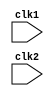
module pipe_MIPS32 (clk1, clk2);

input clk1,clk2;             //two phase clock

reg [31:0] PC, IF_ID_IR, IF_ID_NPC;
reg [31:0] ID_EX_IR, ID_EX_NPC, ID_EX_A, ID_EX_B, ID_EX_Imm;
reg [2:0] ID_EX_type, EX_MEM_type, MEM_WB_type;
reg [31:0] EX_MEM_IR, EX_MEM_ALUOut, EX_MEM_B;
reg EX_MEM_cond;
reg [31:0] MEM_WB_IR, MEM_WB_ALUOut, MEM_WB_LMD;

reg [31:0] Reg[0:31];        //register bank of 32 x 32
reg [31:0] Mem[0:1023];     // 1024 x 32 memory

parameter ADD=6'b000000, SUB=6'b000001, AND=6'b000010, OR=6'b000011,
          SLT=6'b000100, MUL=6'b000101, HLT=6'b111111, LW=6'b001000,
          SW=6'b001001, ADDI=6'b001010, SUBI=6'b001011, SLTI=6'b001100,
          BNEQZ=6'b001101, BEQZ=6'b001110;

parameter RR_ALU=3'b000, RM_ALU=3'b001, LOAD=3'b010, STORE=3'b011,
          BRANCH=3'b100, HALT=3'b101;

reg HALTED;            // set after HLT instruction is completed in WB stage
reg TAKEN_BRANCH;     //required to disable instruction after branch

always @(posedge clk1)   //IF stage
 if (HALTED == 0)
   begin
     if( ((EX_MEM_IR[31:26] == BEQZ) && (EX_MEM_cond == 1)) || ((EX_MEM_IR[31:26] == BNEQZ) && (EX_MEM_cond == 0)))
        begin
           IF_ID_IR     <= #2 Mem[EX_MEM_ALUOut];
           TAKEN_BRANCH <= #2 1'b1;
           IF_ID_NPC    <= #2 EX_MEM_ALUOut + 1;
           PC           <= #2 EX_MEM_ALUOut + 1;
        end
     else
        begin 
           IF_ID_IR    <= #2 Mem[PC];
           IF_ID_NPC   <= #2 PC + 1;
           PC          <= #2 PC + 1;
        end
   end

always @(posedge clk2)   // ID Stage
 if (HALTED == 0)
   begin
      if (IF_ID_IR[25:21] == 5'b00000)
       ID_EX_A <= 0;
      else
       ID_EX_A <= #2 Reg[IF_ID_IR[25:21]];   //rs
      
      if (IF_ID_IR[20:16] == 5'b00000)
       ID_EX_B <= 0;
      else
       ID_EX_B <= #2 Reg[IF_ID_IR[20:16]];   //rt

       ID_EX_NPC  <= #2 IF_ID_NPC;
       ID_EX_IR   <= #2 IF_ID_IR;
       ID_EX_Imm  <= #2 {{16{IF_ID_IR[15]}}, {IF_ID_IR[15:0]}};
   
  case (IF_ID_IR[31:26])
    ADD, SUB, AND, OR, SLT, MUL :ID_EX_type <= #2 RR_ALU;
    ADDI, SUBI, SLTI :           ID_EX_type <= #2 RM_ALU;
    LW :                         ID_EX_type <= #2 LOAD;
    SW :                         ID_EX_type <= #2 STORE;
    BNEQZ, BEQZ :                ID_EX_type <= #2 BRANCH;
    HLT :                        ID_EX_type <= #2 HALT;
    default :                    ID_EX_type <= #2 HALT;
   endcase
 end

always @(posedge clk1)     //EX Stage
 if (HALTED == 0)
   begin
     EX_MEM_type  <= #2 ID_EX_type;
     EX_MEM_IR    <= #2 ID_EX_IR;
     TAKEN_BRANCH <= #2 0;
 
     case(ID_EX_type)
       RR_ALU : begin
                  case (ID_EX_IR[31:26])    //opcode
                    ADD : EX_MEM_ALUOut <= #2 ID_EX_A + ID_EX_B;
                    SUB : EX_MEM_ALUOut <= #2 ID_EX_A - ID_EX_B;
                    AND : EX_MEM_ALUOut <= #2 ID_EX_A & ID_EX_B;
                    OR :  EX_MEM_ALUOut <= #2 ID_EX_A | ID_EX_B;
                    SLT : EX_MEM_ALUOut <= #2 ID_EX_A < ID_EX_B;
                    MUL : EX_MEM_ALUOut <= #2 ID_EX_A * ID_EX_B;
                    default : EX_MEM_ALUOut <= #2 32'HXXXXXXXX;
                  endcase
                 end
       RM_ALU : begin
                  case (ID_EX_IR[31:26])  //opcode
                    ADDI : EX_MEM_ALUOut <= #2 ID_EX_A + ID_EX_Imm;
                    SUBI : EX_MEM_ALUOut <= #2 ID_EX_A - ID_EX_Imm;
                    SLTI : EX_MEM_ALUOut <= #2 ID_EX_A < ID_EX_Imm;
                   default : EX_MEM_ALUOut <= #2 32'HXXXXXXXX;
                  endcase
                 end
       LOAD, STORE : begin
                      EX_MEM_ALUOut <= #2 ID_EX_A + ID_EX_Imm;
                      EX_MEM_B      <= #2 ID_EX_B;
                     end
       BRANCH : begin
                  EX_MEM_ALUOut <= #2 ID_EX_NPC + ID_EX_Imm;
                  EX_MEM_cond   <= #2 (ID_EX_A == 0);
                end
      endcase
 end

always @ (posedge clk2)     //MEM Stage
 if (HALTED == 0)
   begin 
     MEM_WB_type <= EX_MEM_type;
     MEM_WB_IR   <= #2 EX_MEM_IR;

       case (EX_MEM_type)
         RR_ALU, RM_ALU : MEM_WB_ALUOut <= #2 EX_MEM_ALUOut;
         LOAD :           MEM_WB_LMD <= #2 Mem[EX_MEM_ALUOut];
         STORE :          if(TAKEN_BRANCH == 0)
                             Mem[EX_MEM_ALUOut] <= #2 EX_MEM_B;
       endcase
 end

always @ (posedge clk1)     //WB Stage
 if (TAKEN_BRANCH == 0)
   begin
     case (MEM_WB_type)
      RR_ALU : Reg[MEM_WB_IR[15:11]] <= #2 MEM_WB_ALUOut;   //rd
 
      RM_ALU : Reg[MEM_WB_IR[20:16]] <= #2 MEM_WB_ALUOut;  //rt

      LOAD   : Reg[MEM_WB_IR[20:16]] <= #2 MEM_WB_LMD;   //rt
      
      HALT   : HALTED <= #2 1'b1;
     endcase
   end

endmodule    


module MIPS32_tb();

reg clk1,clk2;
integer k;

pipe_MIPS32 mips (clk1,clk2);

initial begin
clk1=0 ; clk2=0;
repeat(20)
begin 
 #5 clk1 = 1; #5 clk1 = 0;
 #5 clk2 = 1; #5 clk2 = 0;
end
end

/*initial begin
 for (k=0;k<32;k=k+1)
    mips.Reg[k] = k;

mips.Mem[0] = 32'h2801000a;  //ADDI R1,R0,10
mips.Mem[1] = 32'h28020014;  //ADDI R2,R0,20
mips.Mem[2] = 32'h2803001e;  //ADDI R3,R0,30
mips.Mem[3] = 32'h0ce77800;  //OR R7,R7,R7   -- dummy instr
mips.Mem[4] = 32'h0ce77800;  //OR R7,R7,R7   -- dummy instr
mips.Mem[5] = 32'h00222000;  //ADD R4,R1,R2
mips.Mem[6] = 32'h0ce77800;  //OR R7,R7,R7   -- dummy instr
mips.Mem[7] = 32'h00832800; //ADD R5,R4,R3
mips.Mem[8] = 32'hfc000000;  //HALT
*/

initial begin
 for (k=0;k<32;k=k+1)
    mips.Reg[k] = k;

mips.Mem[0] = 32'h28010078;  //ADDI R1,R0,120
mips.Mem[1] = 32'h0ce77800;  //OR R7,R7,R7   -- dummy instr
mips.Mem[2] = 32'h20220000;  //LW R2,0(R1)
mips.Mem[3] = 32'h0ce77800;  //OR R7,R7,R7   -- dummy instr
mips.Mem[4] = 32'h2842002d;  //ADDI R2,R2,45
mips.Mem[5] = 32'h0ce77800;  //OR R7,R7,R7   -- dummy instr
mips.Mem[6] = 32'h24220001; //SW R2,1(R1)
mips.Mem[7] = 32'hfc000000;  //HALT

mips.Mem[120] = 85;
mips.HALTED = 0;

mips.PC = 0;
mips.TAKEN_BRANCH = 0;

#500
for (k=0;k<6;k=k+1)
 $display ("R%1d - %2d", k, mips.Reg[k]);

 $display ("Mem121 - %2d",mips.Mem[121]);
end

endmodule